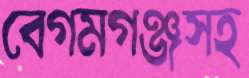
বেগমগঞ্জসহ